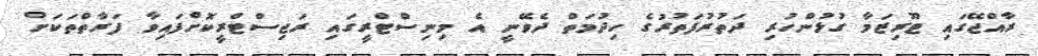
ރާއްޖޭގައި ޓޫރިޒަމާ ގުޅުންހުރި ދަތުރުފަތުރުގެ ހިދުމަތް ދެވޭނީ އެ މިނިސްޓްރީގައި ރަޖިސްޓްރީކޮށްފައިވާ ފަރާތްތަކަށް